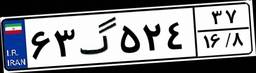
۶۳گ۵۲۴۳۷